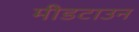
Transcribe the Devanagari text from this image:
मीडटाउन